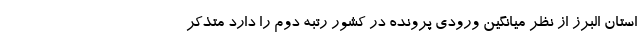
استان البرز از نظر میانگین ورودی پرونده در کشور رتبه دوم را دارد متذکر